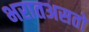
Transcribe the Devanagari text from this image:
भरातअसतो